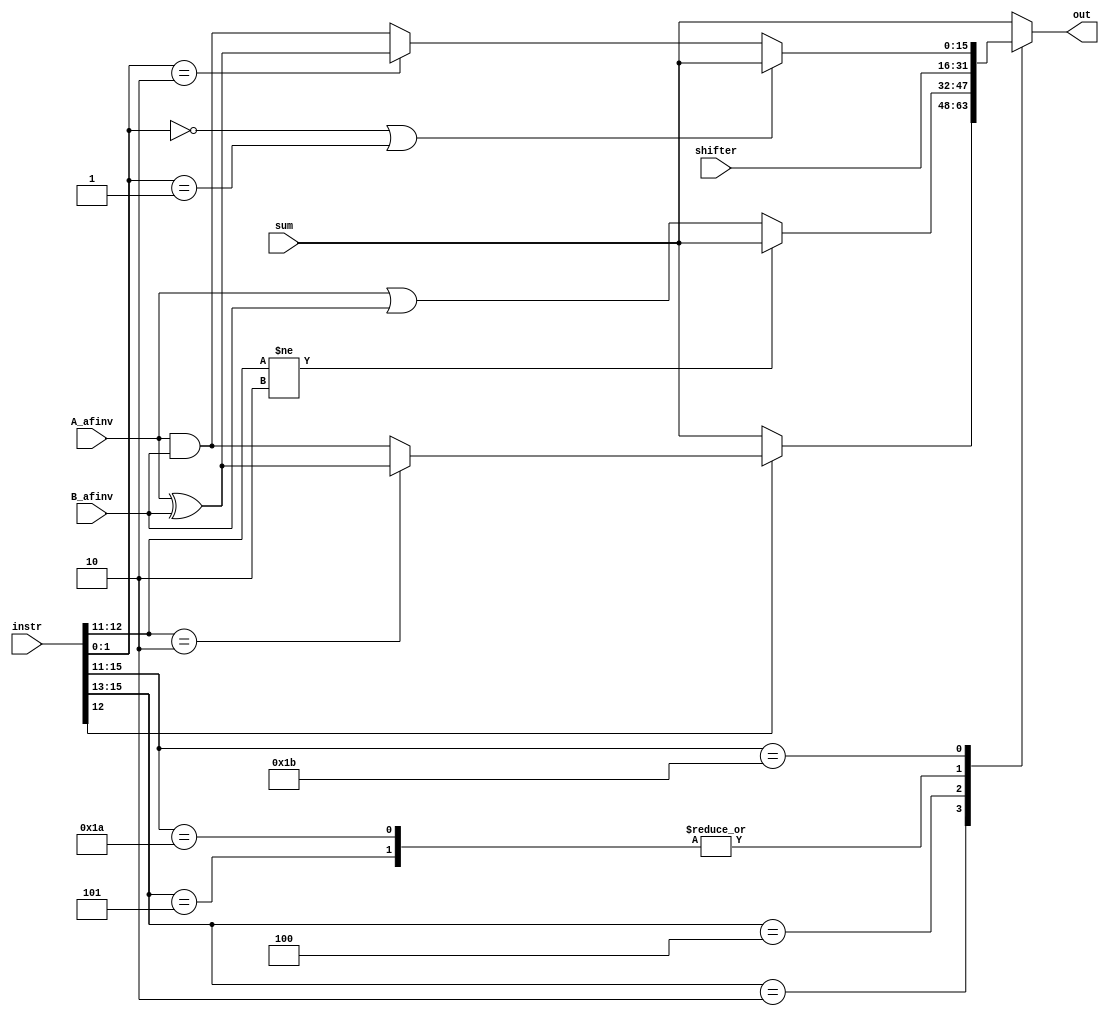
module alu_out_sel (instr, A_afinv, B_afinv, sum, shifter, out);
	input [15:0] instr, sum, shifter, A_afinv, B_afinv;
	output reg [15:0] out;

	always@(*) begin 
		casex(instr[15:11])
			 //I-format
			5'b101??: begin //begin shifter
				$display("%4x", B_afinv);
				out=shifter;
			end
			
			5'b010??:begin //00 ADDI->add, 01 SUBI->add, 10 XORI->xor, 11 ANDNI->and
				out=(instr[12]==2'b0)?sum:
					(instr[12:11]==2'b10)?A_afinv ^ B_afinv:
					 A_afinv & B_afinv;
			end 
			
			5'b100??:begin//ST, LD, STU->add, SLBI ->or
				out=(instr[12:11]!=2'b10)?sum:A_afinv | B_afinv;
			end
			
			//R-format
			5'b11010:begin//begin shifter, R-format 
				out=shifter;
			end
			5'b11011:begin//00 ADD->add, 01 SUB->add
				out=((instr[1:0]==2'b00)|(instr[1:0]==2'b01))?sum:
					(instr[1:0]==2'b10)?A_afinv ^ B_afinv:
					 A_afinv & B_afinv;

			end

			// SEQ, SLT, SLE, SCO
			5'b111??: begin
				out = sum;
			end
			
			default: begin 
				out=sum;
			end
		endcase 
	
	
	end 
endmodule